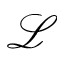
\mathcal { L }